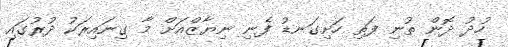
ހުދު ދޮން ތުނި ފަތި ހަށިގަނޑު ފެނި ނިޔާޒްއަށް މާ ގިނައިރަކު ދުރުގައި